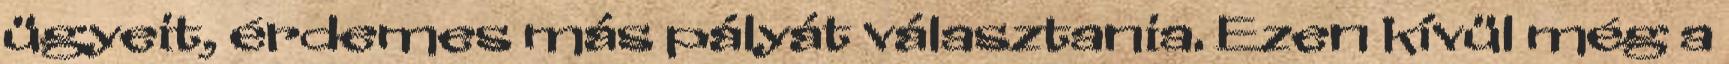
ügyeit, érdemes más pályát választania. Ezen kívül még a